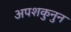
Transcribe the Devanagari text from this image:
अपशकुनुन